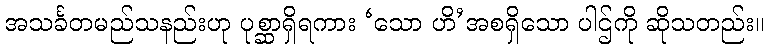
အသင်္ခတမည်သနည်းဟု ပုစ္ဆာရှိရကား ‘သော ဟိ’အစရှိသော ပါဌ်ကို ဆိုသတည်း။